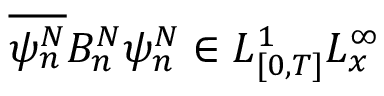
\overline { { \psi _ { n } ^ { N } } } B _ { n } ^ { N } \psi _ { n } ^ { N } \in L _ { [ 0 , T ] } ^ { 1 } L _ { x } ^ { \infty }